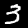
Label: 3